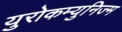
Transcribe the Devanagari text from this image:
युरोकम्युनिज्म